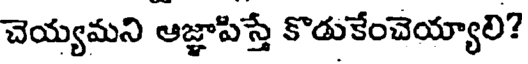
చెయ్యమని ఆజ్ఞాపిస్తే కొడుకేంచెయ్యాలి?